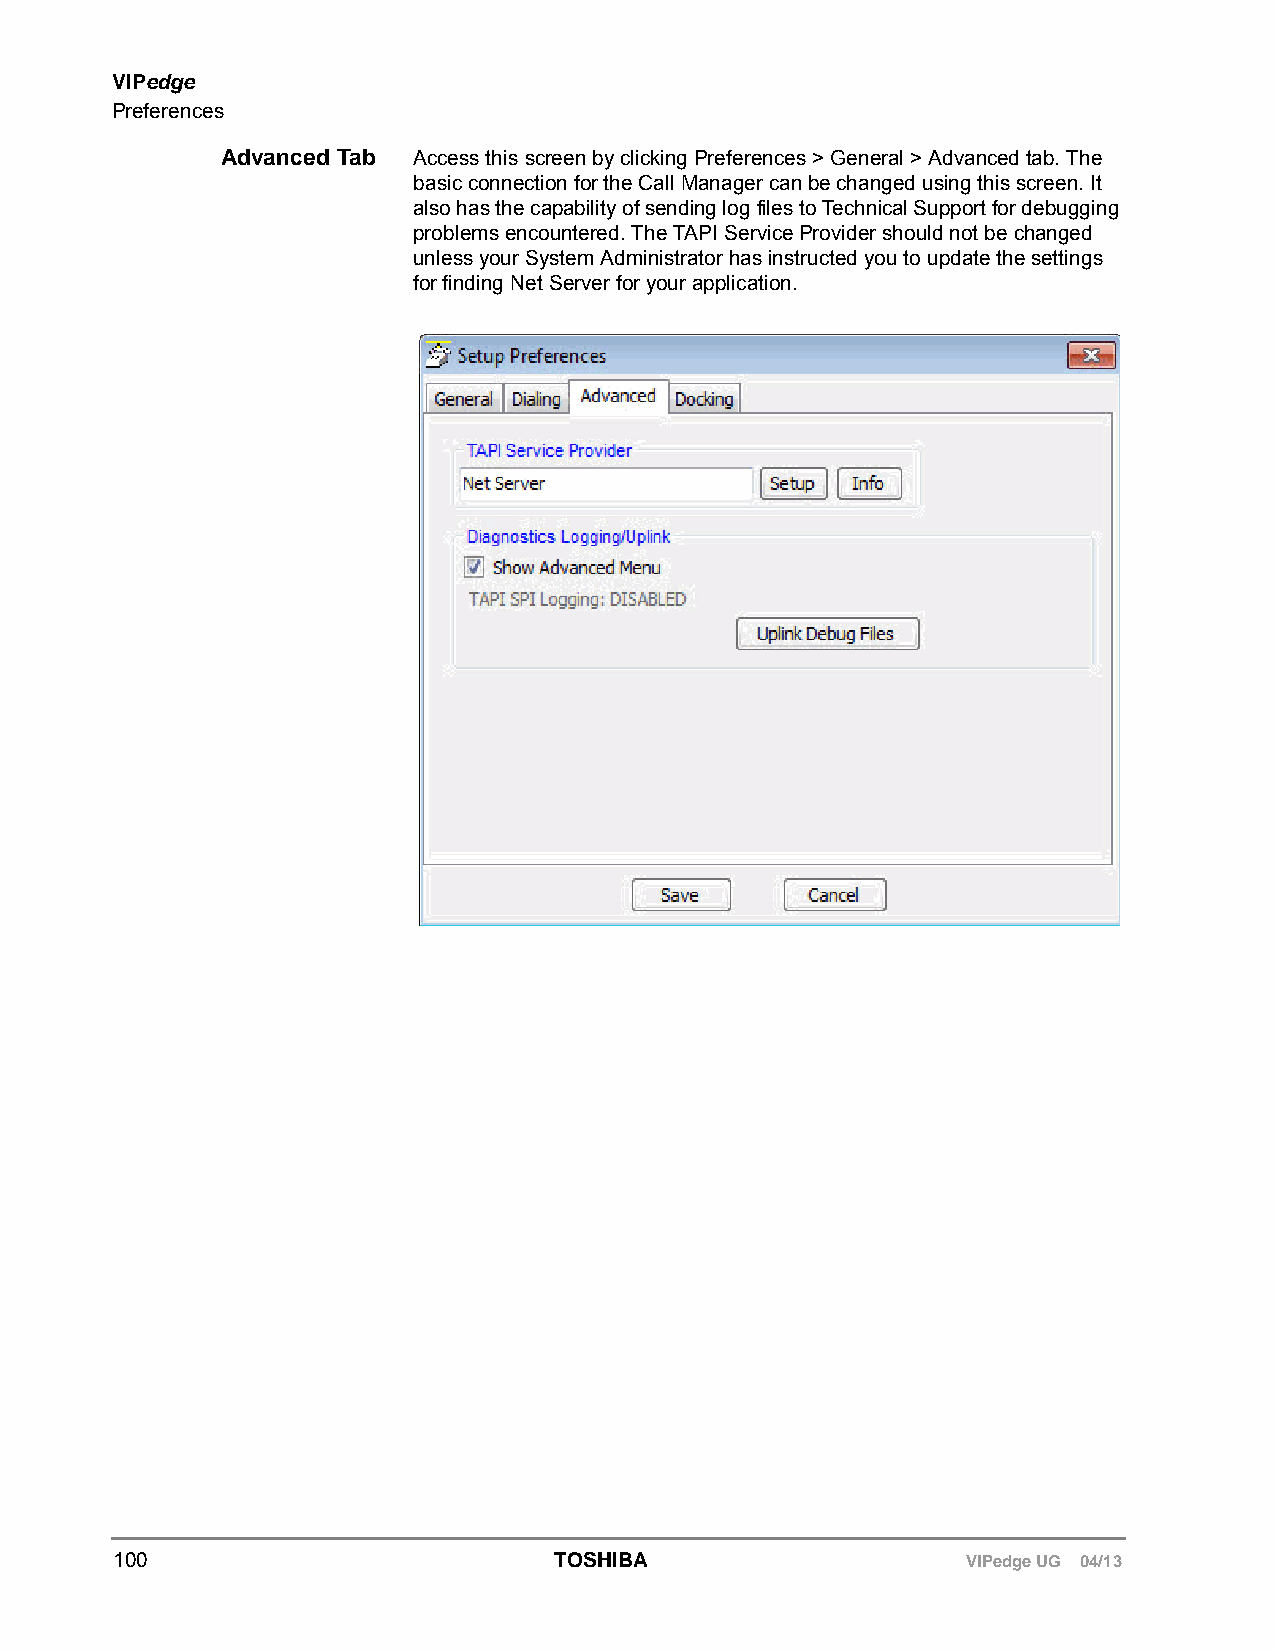
VIPedge
 Preferences
 Advanced Tab Access this screen by clicking Preferences > General > Advanced tab. The
 basic connection for the Call Manager can be changed using this screen. It
 also has the capability of sending log files to Technical Support for debugging
 problems encountered. The TAPI Service Provider should not be changed
 unless your System Administrator has instructed you to update the settings
 for finding Net Server for your application.
 100                          TOSHIBA                    VIPedge UG 04/13